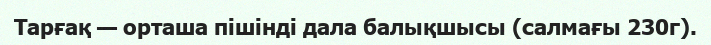
Тарғақ — орташа пішінді дала балықшысы (салмағы 230г).